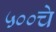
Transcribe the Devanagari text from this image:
५००चे